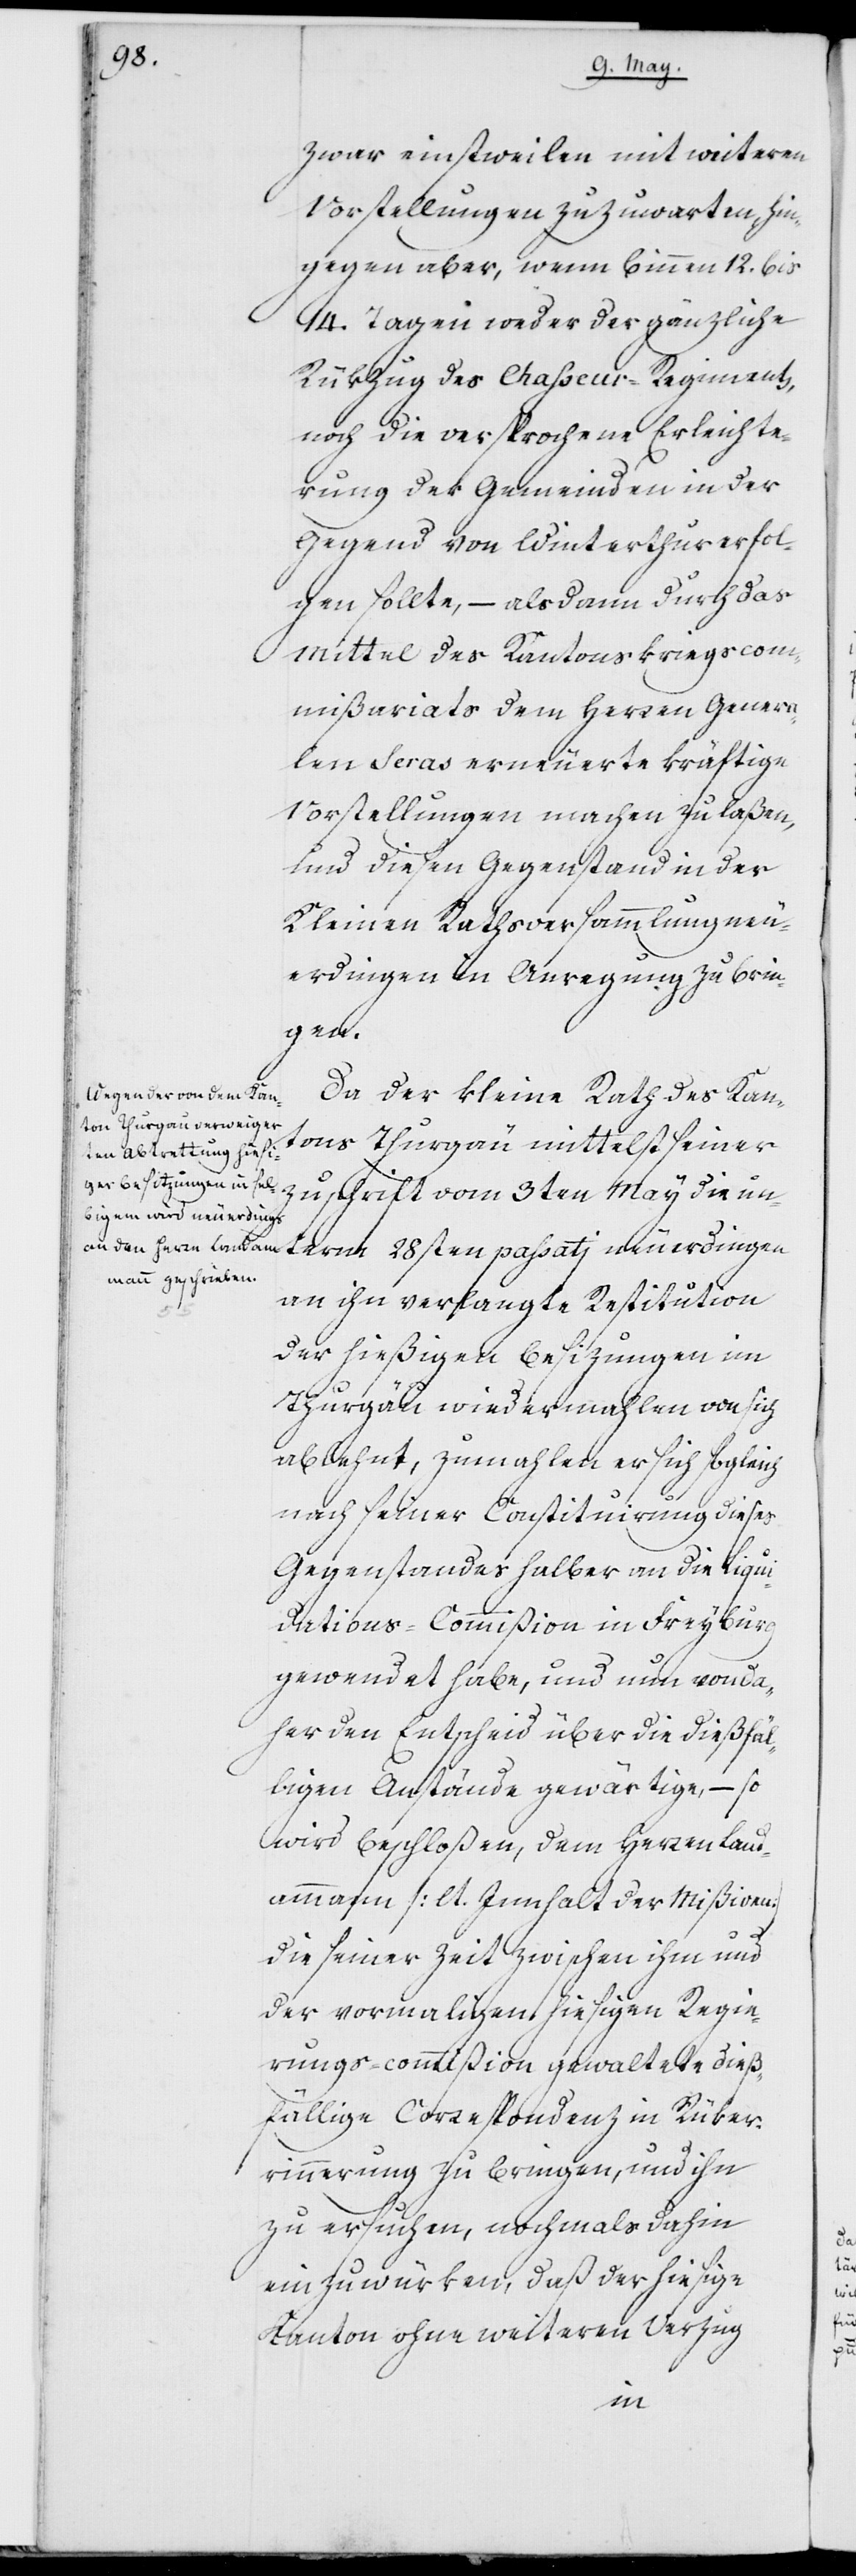
zwar einstweilen mit weiteren
Vorstellungen zuzuwarten, hin¬
gegen aber, wenn binnen 12. bis
14. Tagen weder der gänzliche
Rükzug des Chasseur-Regiments,
noch die versprochene Erleichte¬
rung der Gemeinden in der
Gegend von Winterthur erfol¬
gen sollte, – alsdann durch das
Mittel des Kantons-Kriegscom¬
mißariats dem Herren Genera¬
len Seras erneuerte kräftige
Vorstellungen machen zu laßen,
und diesen Gegenstand in der
Kleinen Ratsversammlung neu¬
erdingen in Anregung zu brin¬
gen.
Da der Kleine Rath des Kan¬
tons Thurgau mittelst seiner
Zuschrift vom 3ten May die un¬
term 28sten passatj neuerdingen
an ihn verlangte Restitution
der hießigen Besizungen im
Thurgau wiedermahlen von sich
ablehnt, zumahlen er sich sogleich
nach seiner Constituirung dieses
Gegenstandes halber an die Liqui¬
dations-Commißion in Freyburg
gewendet habe, und nun von da¬
her den Entscheid über die dießfäl¬
ligen Anstände gewärtige, – so
wird beschloßen, dem Herren Land¬
ammann (lt. Innhalt der Mißiven)
die seiner Zeit zwischen ihm und
der vormaligen hiesigen Regie¬
rungscommißion gewaltete dieß¬
fällige Correspondenz in Rüker¬
innerung zu bringen, und ihn
zu ersuchen, nochmals dahin
einzuwürken, daß der hiesige
Kanton ohne weiteren Verzug